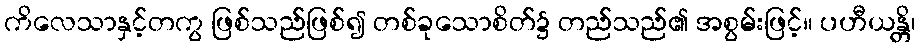
ကိလေသာနှင့်တကွ ဖြစ်သည်ဖြစ်၍ တစ်ခုသောစိတ်၌ တည်သည်၏ အစွမ်းဖြင့်။ ပဟီယန္တိ၊